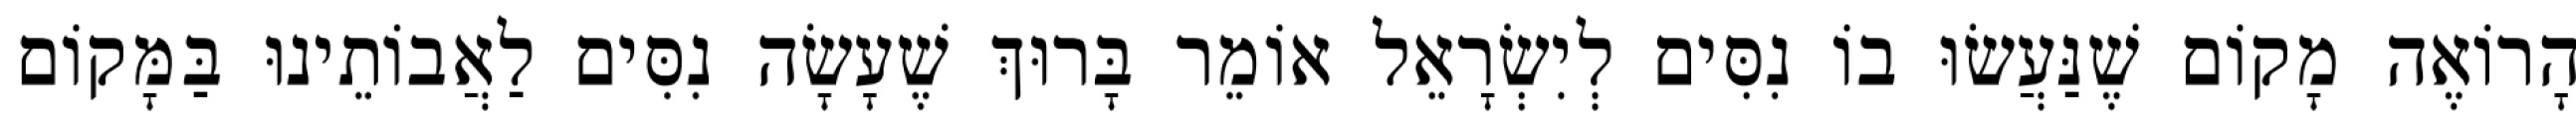
הָרוֹאֶה מָקוֹם שֶׁנַּעֲשׂוּ בוֹ נִסִּים לְיִשְׂרָאֵל אוֹמֵר בָּרוּךְ שֶׁעָשָׂה נִסִּים לַאֲבוֹתֵינוּ בַּמָּקוֹם